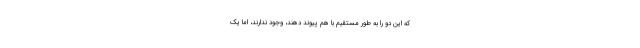
که این دو را به طور مستقیم با هم پیوند دهند، وجود ندارند، اما یک